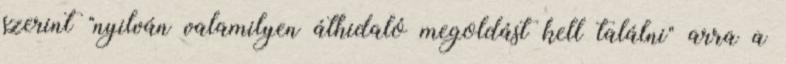
szerint "nyilván valamilyen áthidaló megoldást kell találni" arra a